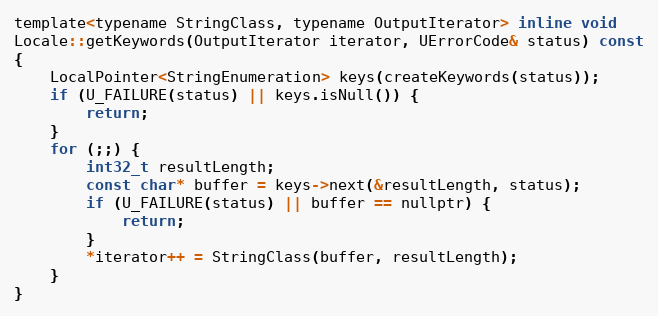
Language: C
template<typename StringClass, typename OutputIterator> inline void
Locale::getKeywords(OutputIterator iterator, UErrorCode& status) const
{
    LocalPointer<StringEnumeration> keys(createKeywords(status));
    if (U_FAILURE(status) || keys.isNull()) {
        return;
    }
    for (;;) {
        int32_t resultLength;
        const char* buffer = keys->next(&resultLength, status);
        if (U_FAILURE(status) || buffer == nullptr) {
            return;
        }
        *iterator++ = StringClass(buffer, resultLength);
    }
}